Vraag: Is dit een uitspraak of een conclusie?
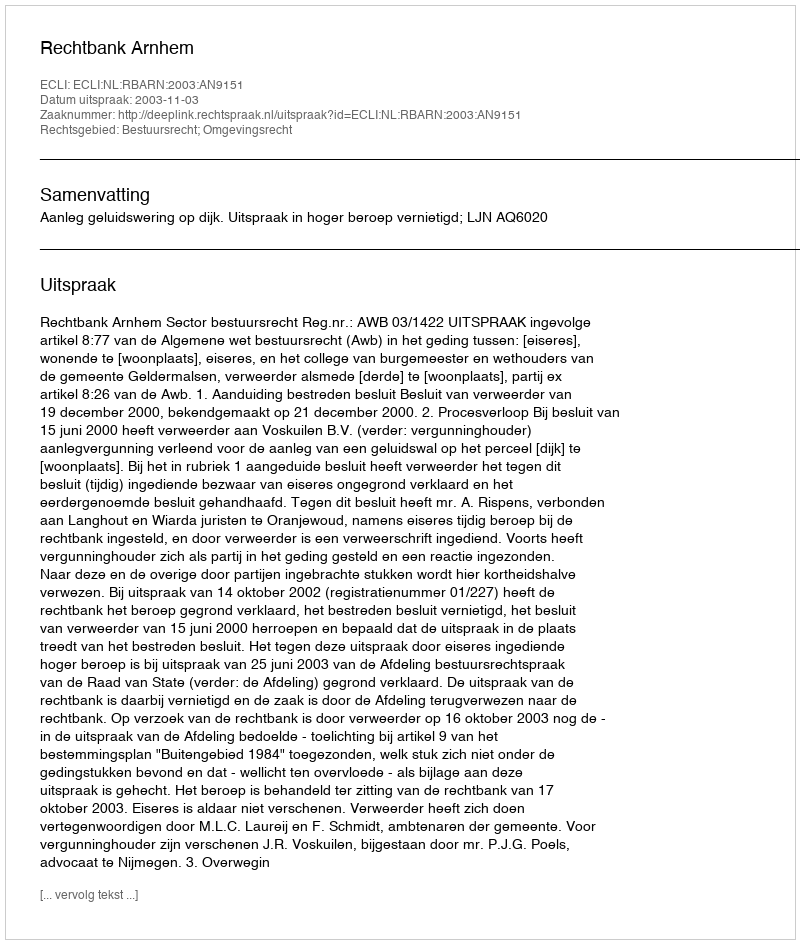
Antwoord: Uitspraak